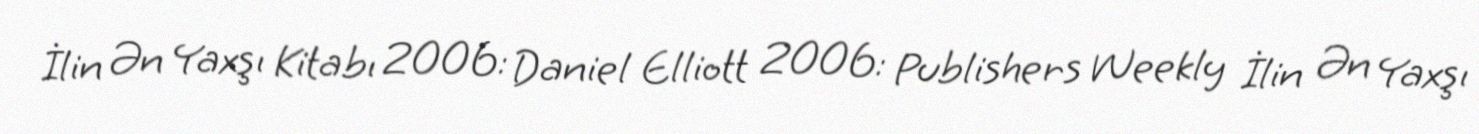
İlin Ən Yaxşı Kitabı 2006: Daniel Elliott 2006: Publishers Weekly İlin Ən Yaxşı